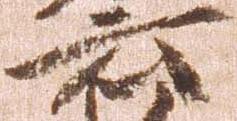
云